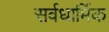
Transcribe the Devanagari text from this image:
सर्वधार्मिक